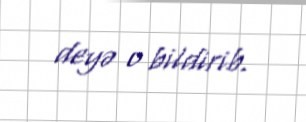
deyə o bildirib.